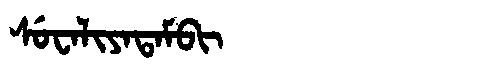
Manchu: ᠰᡠᠸᠠᠯᡳᠶᠠᡨᠠᠮᠪᡳ
Romanization: SUWALIYATAMBI